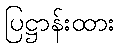
ပြဋ္ဌာန်းထား